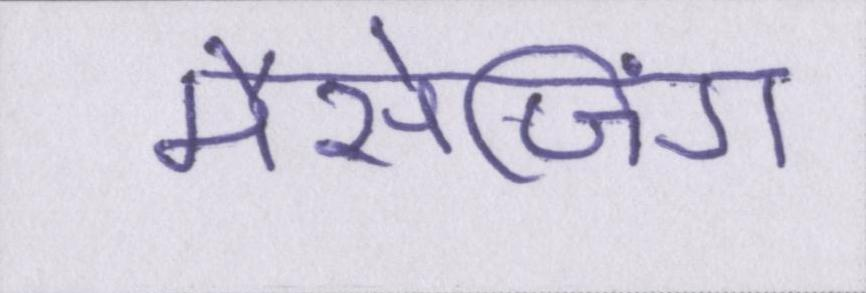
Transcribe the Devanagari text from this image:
मैसेजिंग